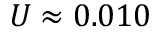
U \approx 0 . 0 1 0